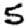
Digit: 5